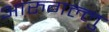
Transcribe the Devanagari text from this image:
आरुगल्लु